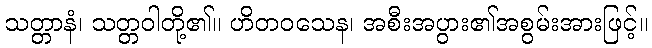
သတ္တာနံ၊ သတ္တဝါတို့၏။ ဟိတဝသေန၊ အစီးအပွား၏အစွမ်းအားဖြင့်။